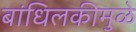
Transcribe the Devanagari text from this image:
बांधिलकीमुळे